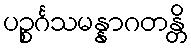
ပဉ္စင်္ဂသမန္နာဂတန္တိ